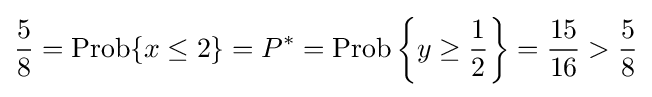
{\frac {5}{8}}=\operatorname {Prob} \{x\leq 2\}=P^{*}=\operatorname {Prob} \left\{y\geq {\frac {1}{2}}\right\}={\frac {15}{16}}>{\frac {5}{8}}